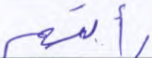
رأتهم